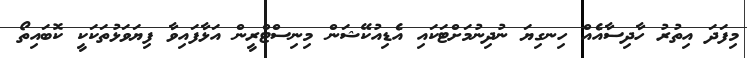
މިފަދަ އިތުރު ހާދިސާއެއް ހިނގިޔަ ނުދިނުމަށްޓަކައި އެޑިއުކޭޝަން މިނިސްޓްރީން އަޅާފައިވާ ފިޔަވަޅުތަކަކީ ކޮބައިތޯ